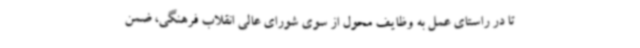
تا در راستای عمل به وظایف محول از سوی شورای عالی انقلاب فرهنگی، ضمن